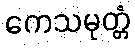
ကေသမုတ္တံ